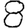
Digit: 8